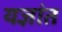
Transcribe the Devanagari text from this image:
यज्ञांत